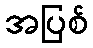
အပြစ်